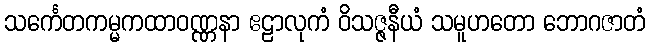
သင်္ကေတကမ္မကထာဝဏ္ဏနာ ဧဠာလုကံ ဝိသဇ္ဇနီယံ သမူဟတော ဘောဂဇာတံ